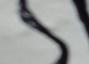
Signature authenticity: forged